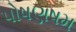
પોષણષમ